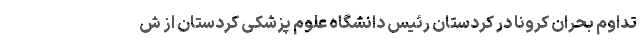
تداوم بحران کرونا در کردستان رئیس دانشگاه علوم پزشکی کردستان از ش